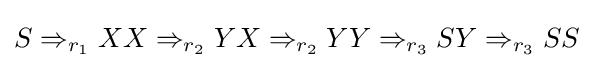
S\Rightarrow _{r_{1}}XX\Rightarrow _{r_{2}}YX\Rightarrow _{r_{2}}YY\Rightarrow _{r_{3}}SY\Rightarrow _{r_{3}}SS